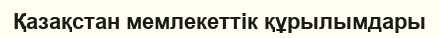
Қазақстан мемлекеттік құрылымдары